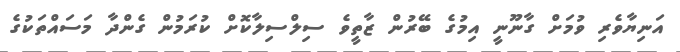
އަނިޔާވެރި ވުމަށް ގާނޫނީ އިމުގެ ބޭރުން ޒާތީވެ ސިލްސިލާކޮށް ކުރަމުން ގެންދާ މަސައްތަކުގެ